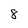
Character: 8